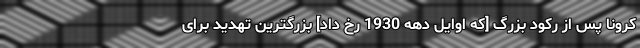
کرونا پس از رکود بزرگ [که اوایل دهه 1930 رخ داد] بزرگترین تهدید برای